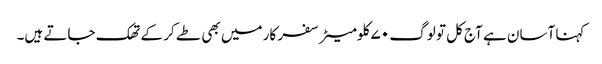
کہنا آسان ہے آج کل تو لوگ ۷۰ کلومیٹر سفر کار میں بھی طے کر کے تھک جاتے ہیں۔